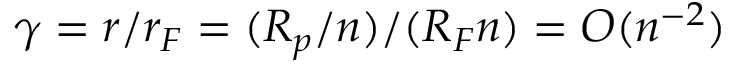
\gamma = r / r _ { F } = ( R _ { p } / n ) / ( R _ { F } n ) = O ( n ^ { - 2 } )